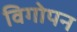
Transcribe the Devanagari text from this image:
विगोपन